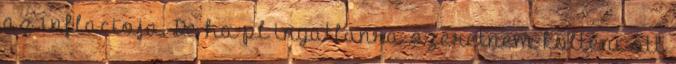
az inflacioja. De ha pl ingatlanra szeretnem kolteni ott